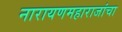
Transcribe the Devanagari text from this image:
नारायणमहाराजांचा